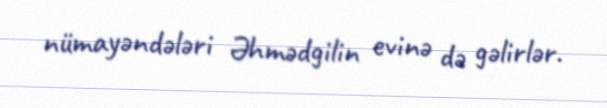
nümayəndələri Əhmədgilin evinə də gəlirlər.